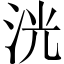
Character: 洸